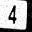
Digit: 4